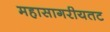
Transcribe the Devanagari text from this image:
महासागरीयतट